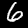
Digit: 6